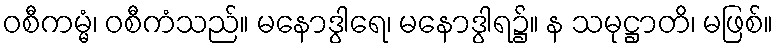
ဝစီကမ္မံ၊ ဝစီကံသည်။ မနောဒွါရေ၊ မနောဒွါရ၌။ န သမုဋ္ဌာတိ၊ မဖြစ်။